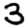
Digit: 3